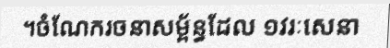
។ចំណែករចនាសម្ព័ន្ធដែល ១វរៈសេនា